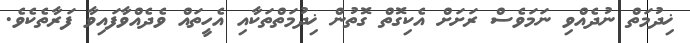
ޚިދުމަތް ނުދެއްވި ނަމަވެސް ރަށަށް އެކިގޮތް ގޮތުން ޚިދުމަތްތަކާއި އެހީތައް ވެދެއްވާފައިވާ ފަރާތެކެވެ.